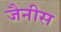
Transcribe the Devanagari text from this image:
जैनीस